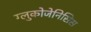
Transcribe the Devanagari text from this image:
ग्लुकोजेनिसिस